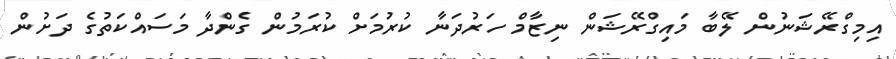
އިމިގްރޭޝަނުން ލޭބާ މައިގްރޭޝަން ނިޒާމް ހަރުދަނާ ކުރުމަށް ކުރަމުން ގެންދާ މަސައްކަތުގެ ދަށުން